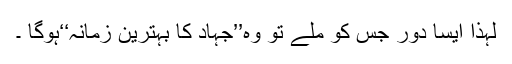
لہٰذا ایسا دور جس کو ملے تو وہ’’جہاد کا بہترین زمانہ‘‘ہوگا ۔